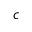
c